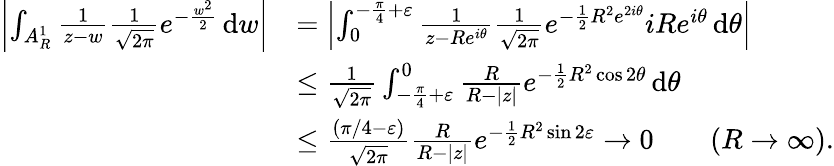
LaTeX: \begin{array}{rl}{\left|\int_{A_{R}^{1}}\frac{1}{z-w}\frac{1}{\sqrt{2\pi}}e^{-\frac{w^{2}}{2}}\, \mathrm{d}w\right|}&{=\left|\int_{0}^{-\frac{\pi}{4}+\varepsilon}\frac{1}{z-Re^{i\theta}}\frac{1}{\sqrt{2\pi}}e^{-\frac{1}{2}R^{2}e^{2i\theta}}iRe^{i\theta}\, \mathrm{d}\theta\right|}\\ &{\le\frac{1}{\sqrt{2\pi}}\int_{-\frac{\pi}{4}+\varepsilon}^{0}\frac{R}{R-|z|}e^{-\frac{1}{2}R^{2}\cos 2\theta}\, \mathrm{d}\theta}\\ &{\le\frac{(\pi/4-\varepsilon)}{\sqrt{2\pi}}\frac{R}{R-|z|}e^{-\frac{1}{2}R^{2}\sin 2\varepsilon}\to 0\qquad(R\to\infty).}\end{array}